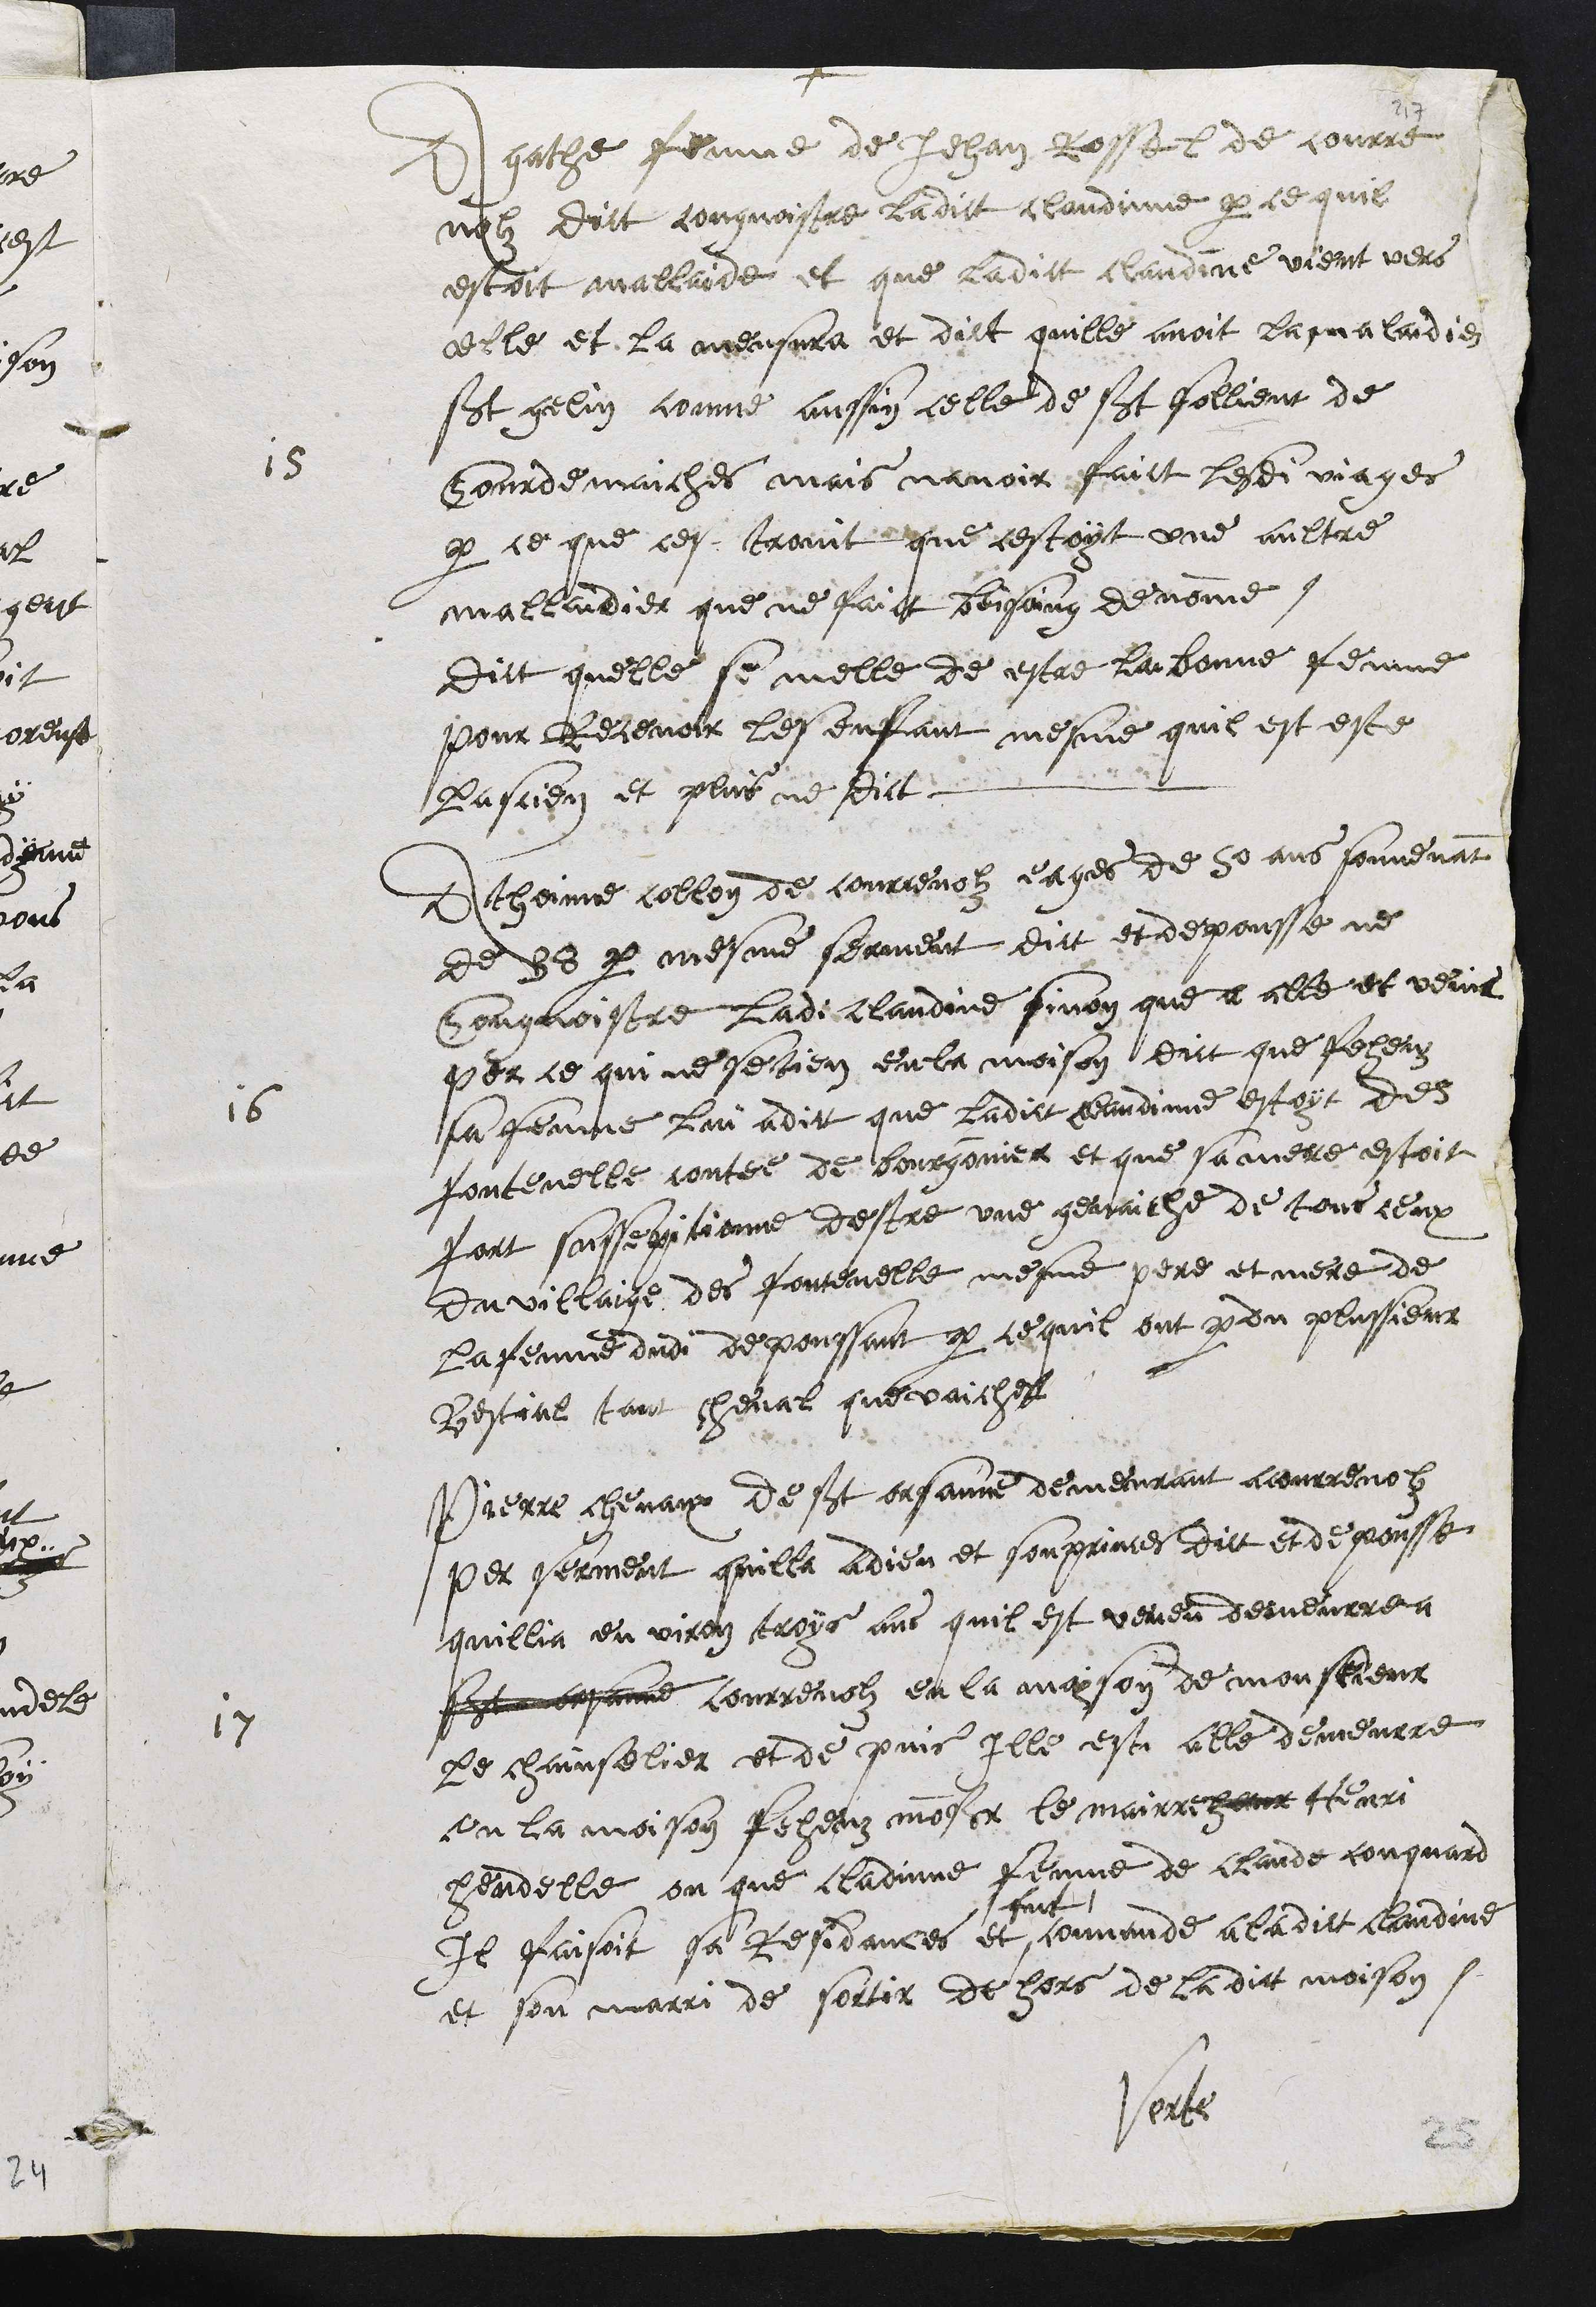
+
gatte femme de Jehan cosses de courre
mol dict congnoistre ladit clandine par ce quil
estoit mallade et que ladict chaude vient vers
elle et la meusna et dict quille avoit Ramaladie
Et gelin donne aussi celle de St sollient de
15
Cordemaiches mais navoir faict lesdits mages
par ce que ce trant que cestoit une aultre
mallandier que ne faict persoing devoine
dict quelle se melle de estre bonne femme
pour Revenant les enfant mesme quil est este
Pasien et plus ne dict.
thonne celles de Corenolz eages de 35 ans souvenant
de par mesme serment dict et deposse ne
Congnoistre ladite Claude finon que a elle et venus
pour ce que se tien en la maison dict que Jeheuz
sa femme lui adit que ladit grandime estoyt des
16
fontenelle contée de bourgonne et que sa mere estoit
fort sasseritionne destre une genauche de tour ceux
davillaige des Fontenelle mesme pere et mere de
parenne dudit de panssant par lequil ont perdu plusieur
estial tant cheval que vaiches
Pierre chevaux de St Ursanne demeurant acourrenon
per serment quilla adieu et souprinces dict et de pousse
quilla en vien trois ans quil est veneu demeurre a
Et a courremolz en la ava son de monsieur
le chanselier et de puis ille est alle demeurre
17
en la maison pheuz monsieur le mairement tar
chendelle ou que ladune femme de Claude congnard
fait.
Il faisoit sa Residances et souvande a ladict Claudie
et son mari de sortir de lors de la dict maison
Sent